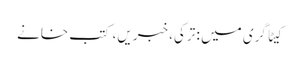
کیٹاگری میں : ترکی، خبریں، کتب خانے